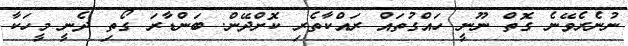
ނުނެރެވޭނެ ގޮތް ނޫނީ ހައްގުތައް ރައްކާތެރި ކޮށްދޭން. ބަންޑާރަ ގޯތި ދެނީ މީހަކާ